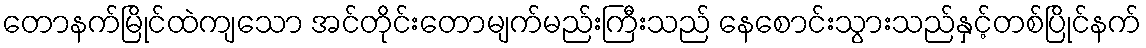
တောနက်မြိုင်ထဲကျသော အင်တိုင်းတောမျက်မည်းကြီးသည် နေစောင်းသွားသည်နှင့်တစ်ပြိုင်နက်